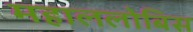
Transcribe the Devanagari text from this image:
महाललोबिस